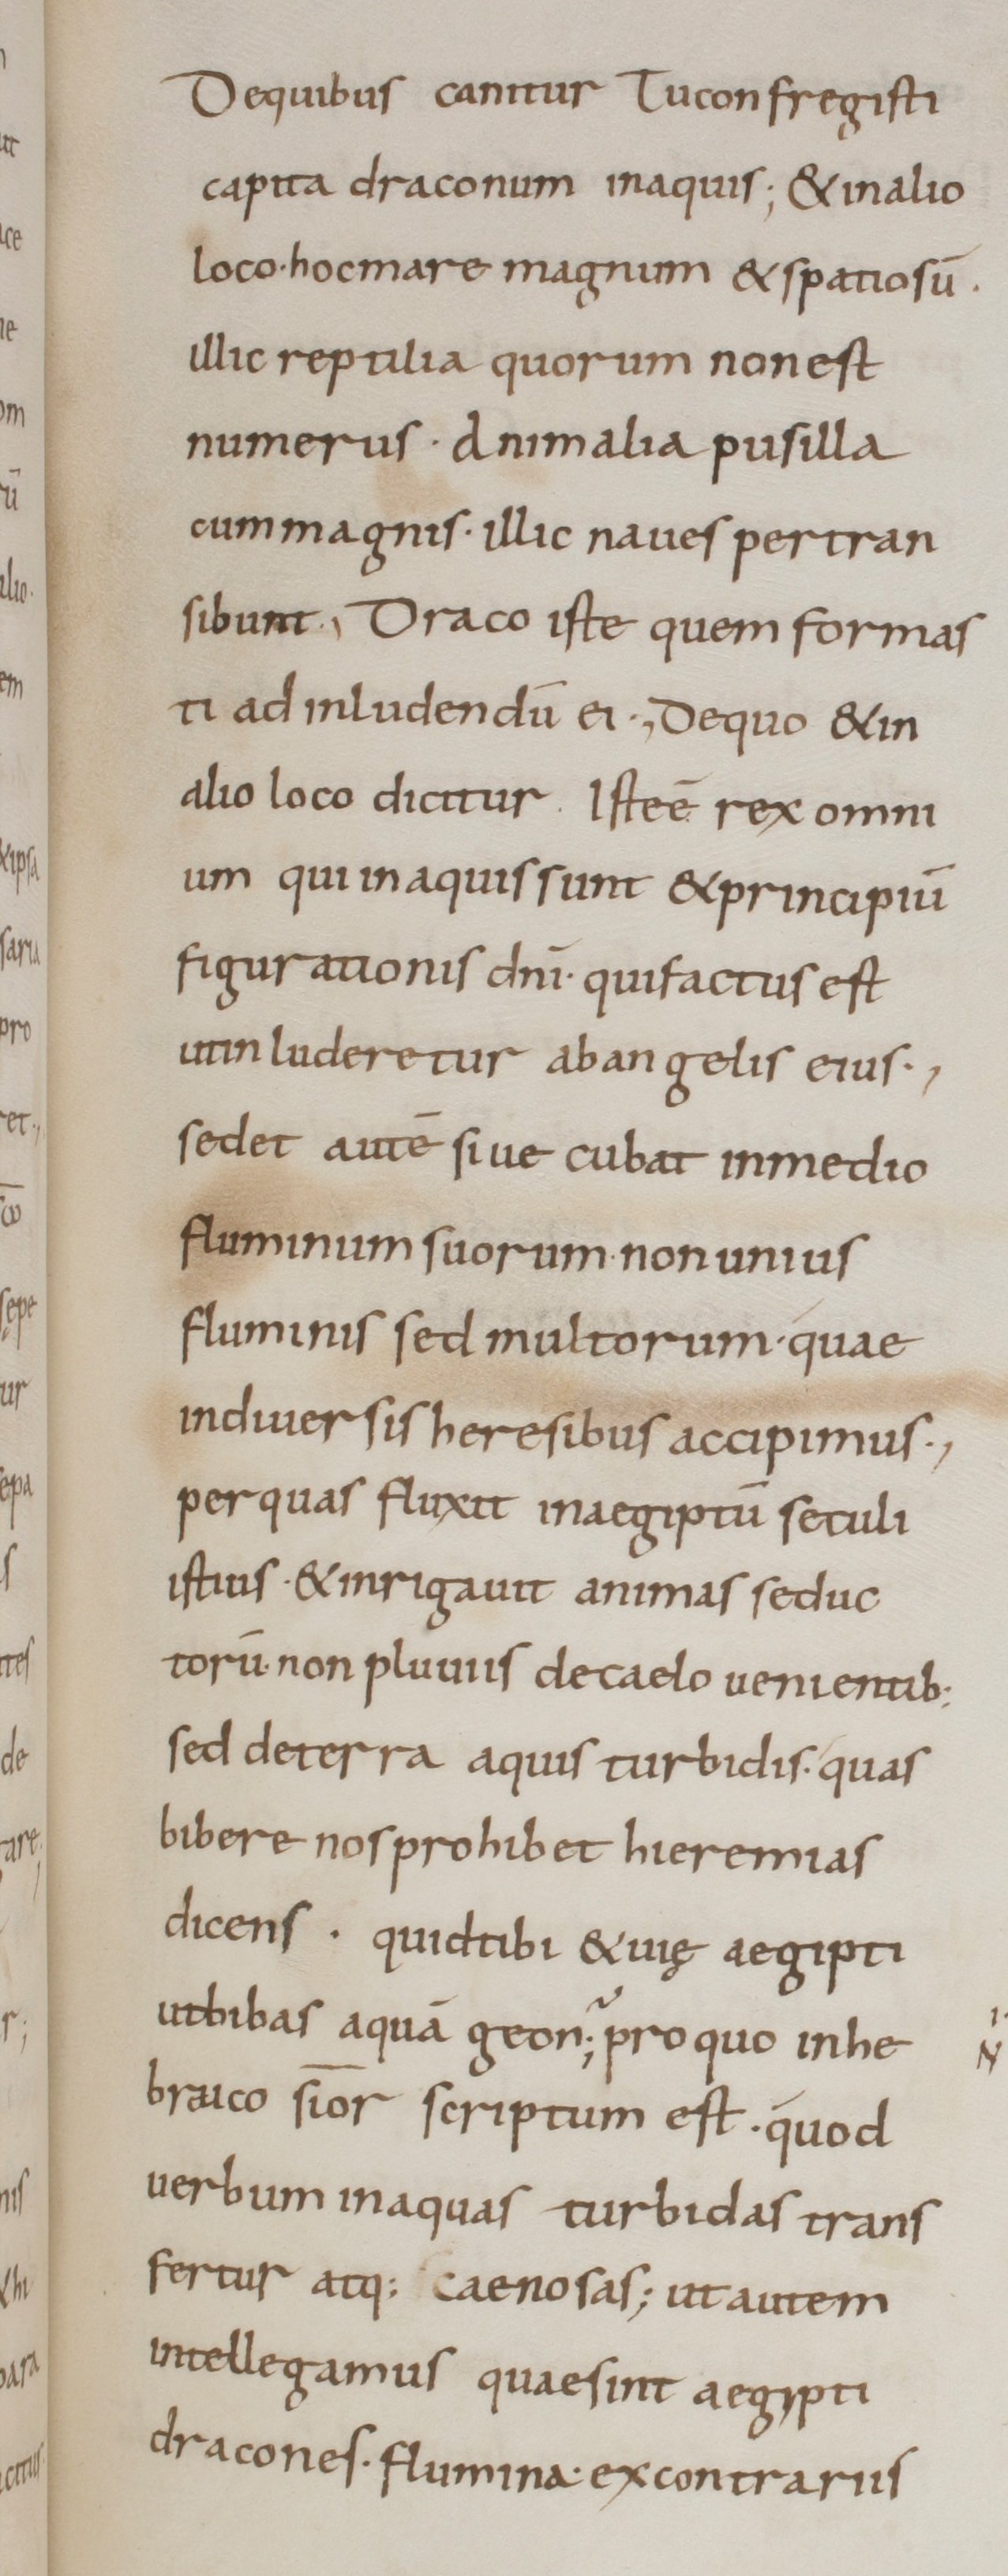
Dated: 800–899